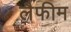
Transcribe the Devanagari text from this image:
लैफीम